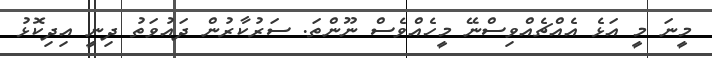
މީނަ މީ އަޅެ އެއްޗެއްވިސްނޭ މީހެއްވެސް ނޫންތަ. ސަރުކާރުން ދައުވަތު ދިނީ އިދިކޮޅު